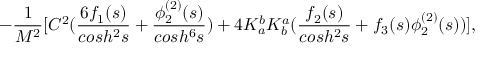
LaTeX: \; \; \; \; \; \; - \frac { 1 } { M ^ { 2 } } [ C ^ { 2 } ( \frac { 6 f _ { 1 } ( s ) } { c o s h ^ { 2 } s } + \frac { \phi _ { 2 } ^ { ( 2 ) } ( s ) } { c o s h ^ { 6 } s } ) + 4 K _ { a } ^ { b } K _ { b } ^ { a } ( \frac { f _ { 2 } ( s ) } { c o s h ^ { 2 } s } + f _ { 3 } ( s ) \phi _ { 2 } ^ { ( 2 ) } ( s ) ) ] ,